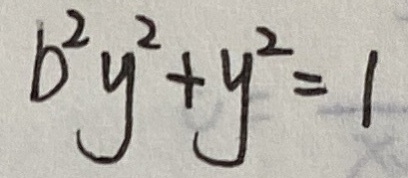
b ^ { 2 } y ^ { 2 } + y ^ { 2 } = 1